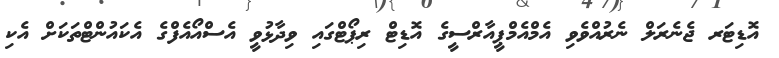
އޮޑިޓަރ ޖެނެރަލް ނެރުއްވެވި އެމްއެމްޕީއާރްސީގެ އޮޑިޓް ރިޕޯޓްގައި ވިދާޅުވީ އެސްއޯއެފްގެ އެކައުންޓްތަކަށް އެކި